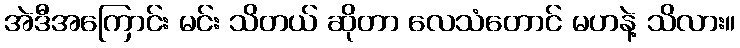
အဲဒီအကြောင်း မင်း သိတယ် ဆိုတာ လေသံတောင် မဟနဲ့ သိလား။